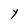
Character: Y